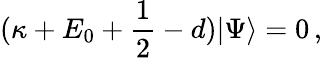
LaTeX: (\kappa+E_{0}+\frac{1}{2}-d)|\Psi\rangle=0\, ,